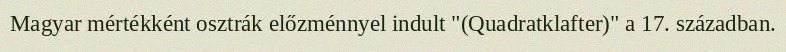
Magyar mértékként osztrák előzménnyel indult "(Quadratklafter)" a 17. században.